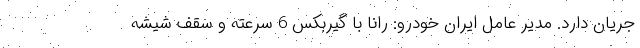
جریان دارد. مدیر عامل ایران خودرو: رانا با گیربکس 6 سرعته و سقف شیشه